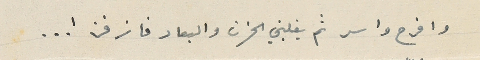
وافرح واسر ثم يغلبني الحزن والبعاد فانرفز ! ..